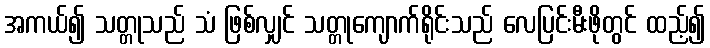
အကယ်၍ သတ္တုသည် သံ ဖြစ်လျှင် သတ္တုကျောက်ရိုင်းသည် လေပြင်းမီးဖိုတွင် ထည့်၍